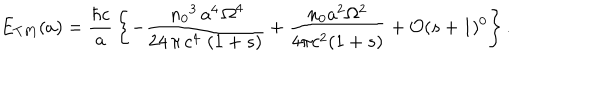
LaTeX: E _ { T M } ( a ) = \frac { \hbar c } { a } \, \left\{ - \frac { \, { n _ { 0 } } ^ { 3 } \, a ^ { 4 } \, { \Omega } ^ { 4 } } { 2 4 \, \pi \, c ^ { 4 } \, \left( 1 + s \right) } + \frac { n _ { 0 } a ^ { 2 } \Omega ^ { 2 } } { 4 \pi c ^ { 2 } ( 1 + s ) } + \mathcal { O } ( s + 1 ) ^ { 0 } \right\} .